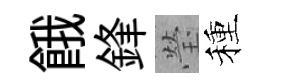
餓鋒瑩種